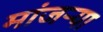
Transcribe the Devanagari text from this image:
मांजर्‍या